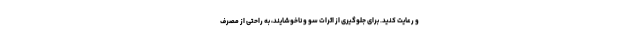
و رعایت کنید. برای جلوگیری از اثرات سو و ناخوشایند، به راحتی از مصرف